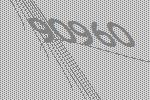
90960